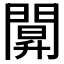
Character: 𨵒